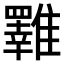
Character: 𩁇